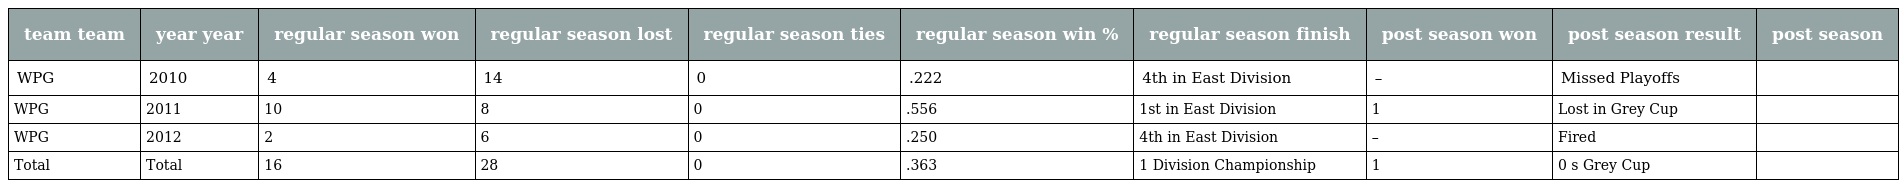
| team team | year year | regular season won | regular season lost | regular season ties | regular season win % | regular season finish | post season won | post season result | post season |
 | --- | --- | --- | --- | --- | --- | --- | --- | --- | --- |
 | WPG | 2010 | 4 | 14 | 0 | .222 | 4th in East Division | – | Missed Playoffs |  |
 | WPG | 2011 | 10 | 8 | 0 | .556 | 1st in East Division | 1 | Lost in Grey Cup |  |
 | WPG | 2012 | 2 | 6 | 0 | .250 | 4th in East Division | – | Fired |  |
 | Total | Total | 16 | 28 | 0 | .363 | 1 Division Championship | 1 | 0 s Grey Cup |  |